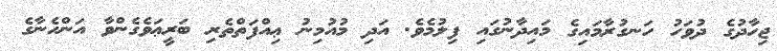
ޖިހާދުގެ ދުވަހު ހަނގުރާމައިގެ މައިދާނުގައި ފިލުމެވެ. އަދި މުއުމިނު ޢިއްފަތްތެރި ބަރީޢަވެގެންވާ އަންހެނާގެ